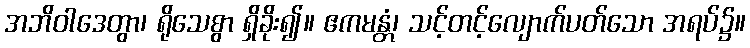
အဘိဝါဒေတွာ၊ ရိုသေစွာ ရှိခိုး၍။ ဧကမန္တံ၊ သင့်တင့်လျောက်ပတ်သော အရပ်၌။